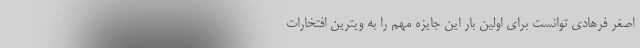
اصغر فرهادی توانست برای اولین بار این جایزه مهم را به ویترین افتخارات